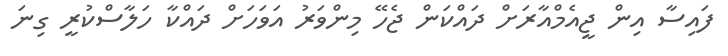
ފައިސާ އިން ޖީއެމްއާރަށް ދައްކަން ޖެހޭ މިންވަރު އަވަހަށް ދައްކާ ހަލާސްކުރީ ގިނަ